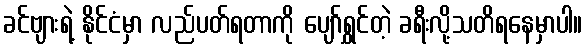
ခင်ဗျားရဲ့ နိုင်ငံမှာ လည်ပတ်ရတာကို ပျော်ရွှင်တဲ့ ခရီးလို့သတိရနေမှာပါ။